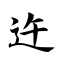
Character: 迕